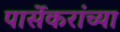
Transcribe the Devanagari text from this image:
पार्सेकरांच्या